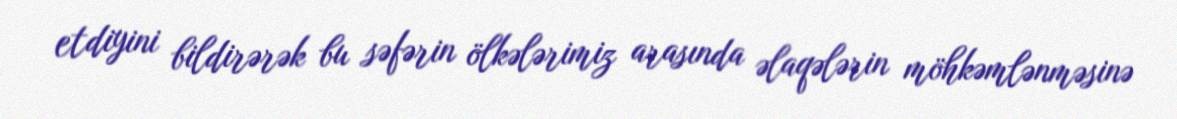
etdiyini bildirərək bu səfərin ölkələrimiz arasında əlaqələrin möhkəmlənməsinə